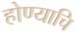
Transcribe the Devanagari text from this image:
होण्याचि